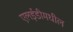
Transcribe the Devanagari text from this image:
एलईडीमधील